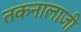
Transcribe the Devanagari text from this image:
तकनालाजी